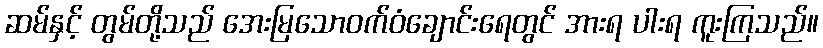
ဆမ်နှင့် တွမ်တို့သည် အေးမြသောဝက်ဝံချောင်းရေတွင် အားရ ပါးရ ကူးကြသည်။